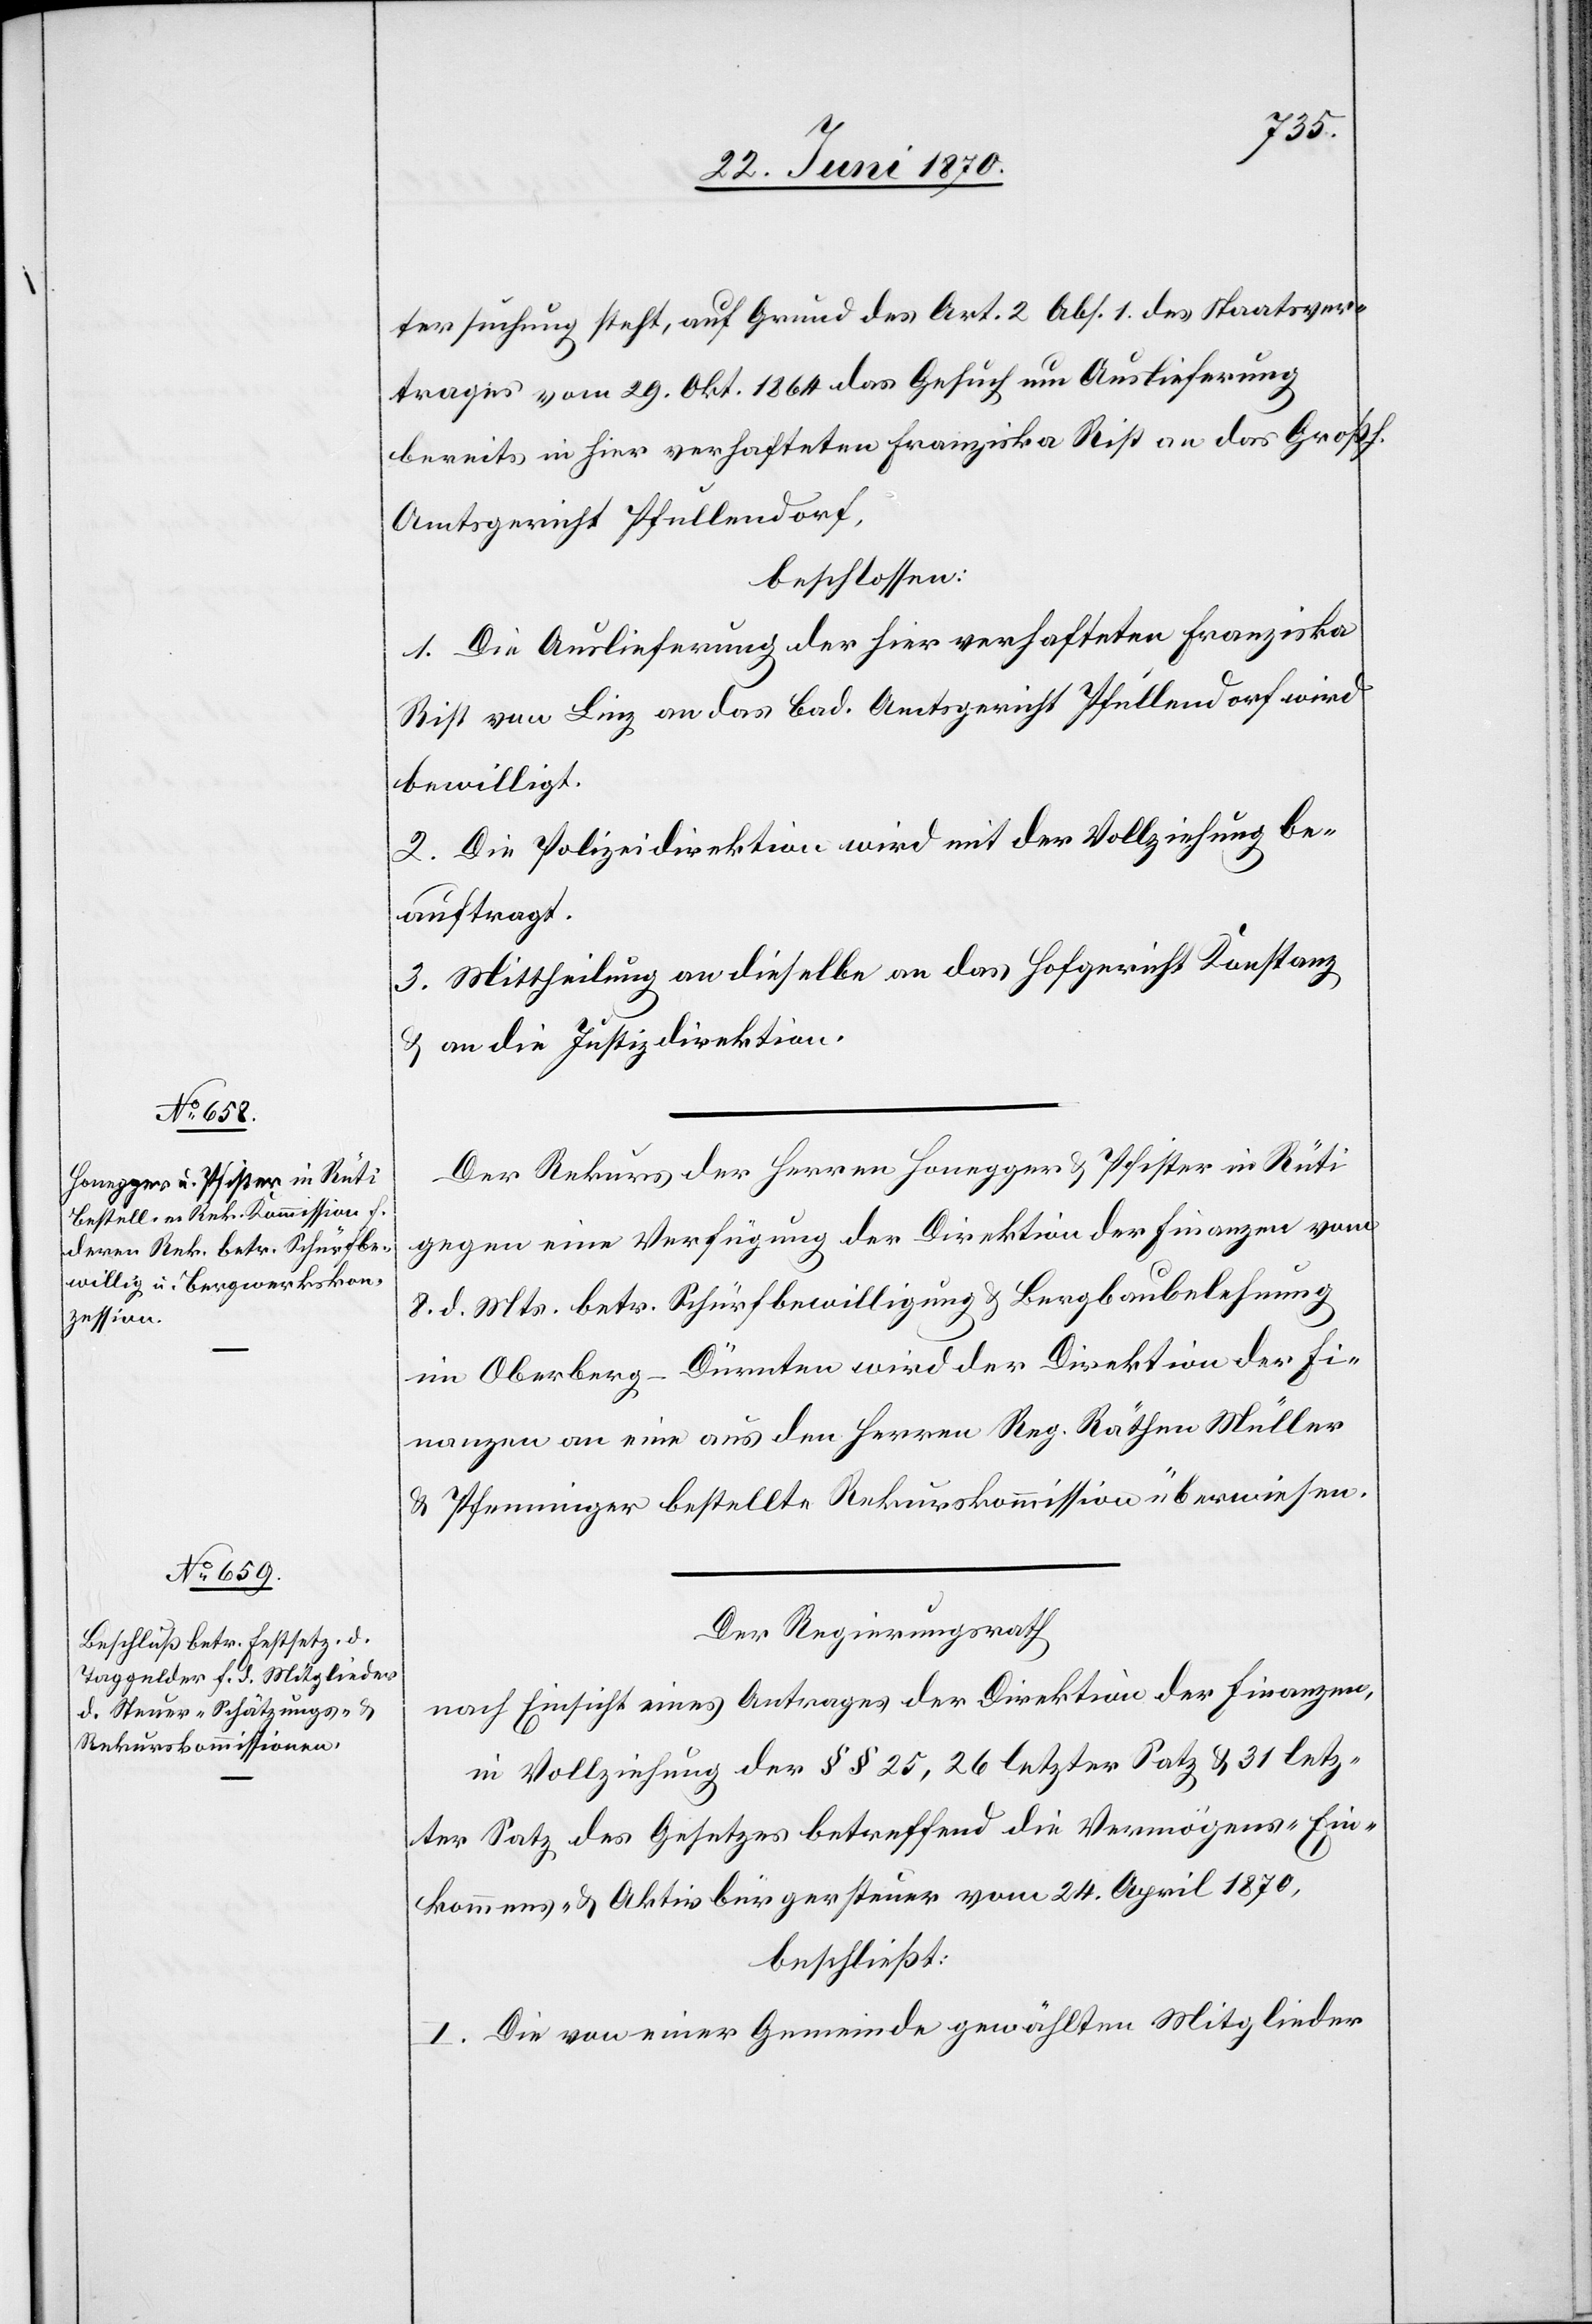
tersuchung steht, auf Grund des Art. 2 Abs. 1 des Staatsver¬
trages vom 29. Okt. 1864 das Gesuch um Auslieferung
bereits in hier verhafteten Franziska Rist an das Großh.
Amtsgericht Pfullendorf,
beschlossen:
1. Die Auslieferung der hier verhafteten Franziska
Rist von Linz an das bad. Amtsgericht Pfullendorf wird
bewilligt.
2. Die Polizeidirektion wird mit der Vollziehung be¬
auftragt.
3. Mittheilung an dieselbe[,] an das Hofgericht Konstanz
& an die Justizdirektion.
Der Rekurs der Herren Honegger & Pfister in Rüti
gegen eine Verfügung der Direktion der Finanzen vom
8. d. Mts. betr. Schürfbewilligung & Bergbaubelehnung
im Oberberg - Dürnten wird der Direktion der Fi¬
nanzen an eine aus den Herren Reg. Räthen Müller
& Pfenninger bestellte Rekurskommission überwiesen.
Der Regierungsrath
nach Einsicht eines Antrages der Direktion der Finanzen,
in Vollziehung der §§ 25, 26 letzter Satz & 31 letz¬
ter Satz des Gesetzes betreffend die Vermögens-[,] Ein¬
kommens & Aktivbürgersteuer vom 24. April 1870,
beschließt:
I. Die von einer Gemeinde gewählten Mitglieder